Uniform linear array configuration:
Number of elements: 12
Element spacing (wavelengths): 0.25
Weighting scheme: hamming
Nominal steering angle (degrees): -45
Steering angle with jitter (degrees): -46.763
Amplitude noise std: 0.05
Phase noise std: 0.05

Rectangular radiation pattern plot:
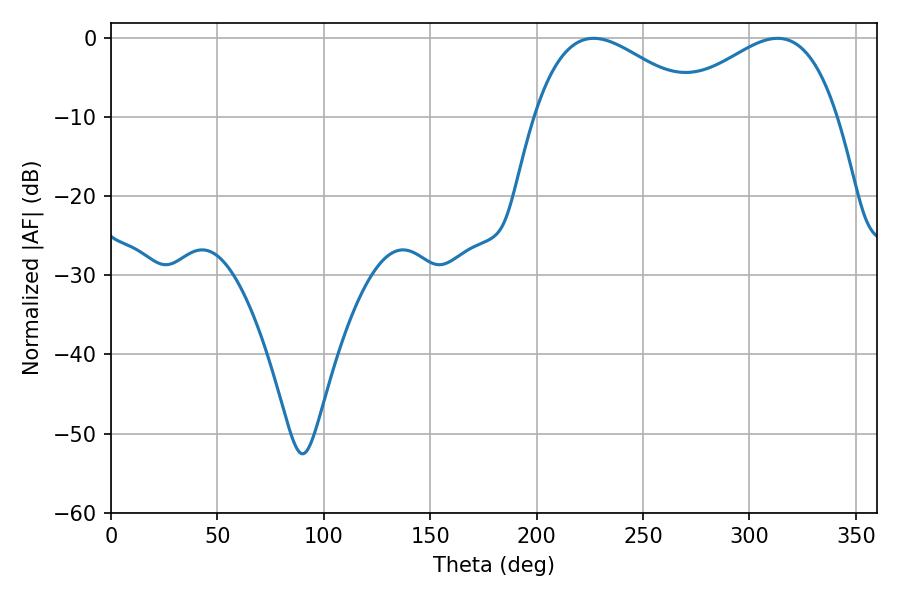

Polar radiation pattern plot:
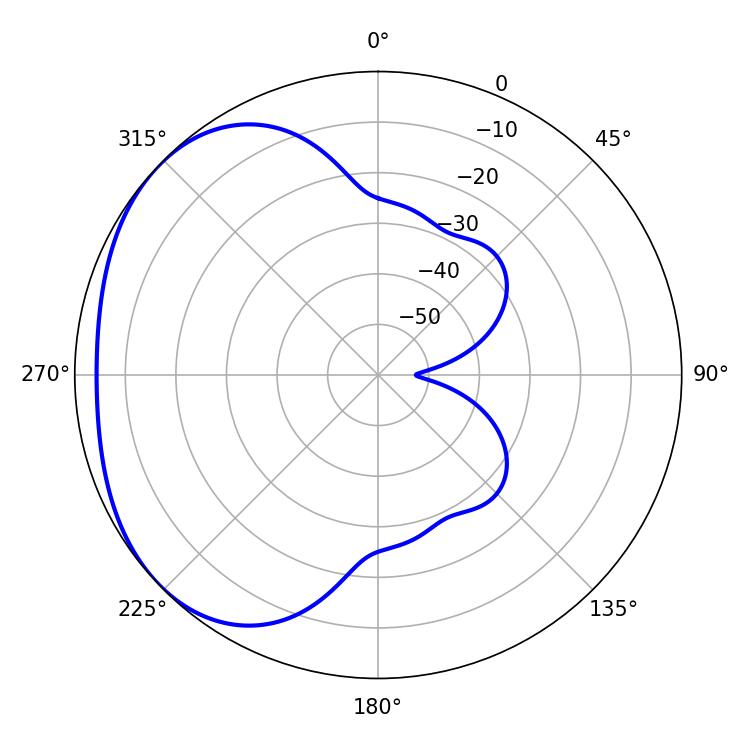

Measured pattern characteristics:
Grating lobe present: FALSE
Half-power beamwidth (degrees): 42.84
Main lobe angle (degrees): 226.8